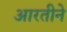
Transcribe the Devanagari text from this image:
आरतीने